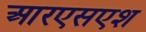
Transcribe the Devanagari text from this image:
आरएसएश